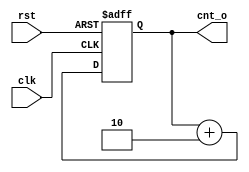
module counter_odd(clk,rst,cnt_o);
    input     wire   clk;
    input     wire   rst;

    output    reg[7:0]  cnt_o;


  always@(posedge clk or posedge rst)begin
     if (rst)begin
      cnt_o <= 8'h1;
     end
    else begin
      cnt_o <= cnt_o + 8'h2;
    end

    

  end   
endmodule